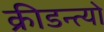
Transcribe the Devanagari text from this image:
क्रीडन्त्यो